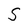
Character: S